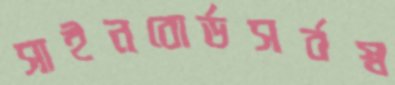
সাইনবোর্ডসর্বস্ব